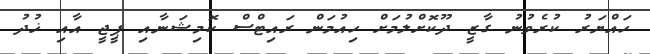
ހައްޔަރު ކުރެވުނު ގާޒީ ދޫކޮށްލުމަށް ހިއުމަން ރައިޓްސް ކޮމިޝަނާއި ޕީޖީ އާއި ޚުދު